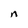
Character: n